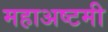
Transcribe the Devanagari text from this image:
महाअष्टमी